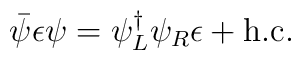
\bar{\psi} \epsilon \psi = \psi_{L}^{\dag} \psi_{R} \epsilon + {\rm h.c.}